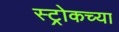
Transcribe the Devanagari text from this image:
स्ट्रोकच्या